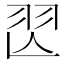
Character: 𦏶